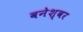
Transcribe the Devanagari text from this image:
वनेश्वर